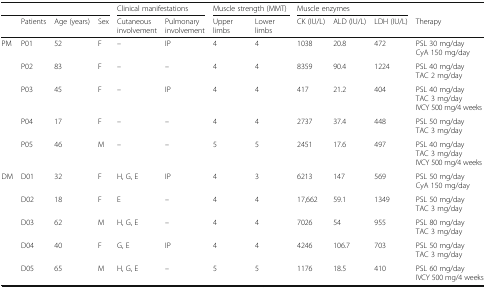
| <COLSPAN=4>  | <COLSPAN=2> Clinical manifestations | <COLSPAN=2> Muscle strength (MMT) | <COLSPAN=3> Muscle enzymes |  |
 |  | Patients | Age (years) | Sex | Cutaneous involvement | Pulmonary involvement | Upper limbs | Lower limbs | CK (IU/L) | ALD (IU/L) | LDH (IU/L) | Therapy |
 | --- | --- | --- | --- | --- | --- | --- | --- | --- | --- | --- | --- |
 | <ROWSPAN=5> PM | P01 | 52 | F | – | IP | 4 | 4 | 1038 | 20.8 | 472 | PSL 30 mg/dayCyA 150 mg/day |
 | P02 | 83 | F | – | – | 4 | 4 | 8359 | 90.4 | 1224 | PSL 40 mg/dayTAC 2 mg/day |
 | P03 | 45 | F | – | IP | 4 | 4 | 417 | 21.2 | 404 | PSL 40 mg/dayTAC 3 mg/dayIVCY 500 mg/4 weeks |
 | P04 | 17 | F | – | – | 4 | 4 | 2737 | 37.4 | 448 | PSL 50 mg/dayTAC 3 mg/day |
 | P05 | 46 | M | – | – | 5 | 5 | 2451 | 17.6 | 497 | PSL 40 mg/dayTAC 3 mg/dayIVCY 500 mg/4 weeks |
 | <ROWSPAN=5> DM | D01 | 32 | F | H, G, E | IP | 4 | 3 | 6213 | 147 | 569 | PSL 50 mg/dayCyA 150 mg/day |
 | D02 | 18 | F | E | – | 4 | 4 | 17,662 | 59.1 | 1349 | PSL 50 mg/dayTAC 3 mg/day |
 | D03 | 62 | M | H, G, E | – | 4 | 4 | 7026 | 54 | 955 | PSL 80 mg/dayTAC 3 mg/day |
 | D04 | 40 | F | G, E | IP | 4 | 4 | 4246 | 106.7 | 703 | PSL 50 mg/dayTAC 3 mg/day |
 | D05 | 65 | M | H, G, E | – | 5 | 5 | 1176 | 18.5 | 410 | PSL 60 mg/dayIVCY 500 mg/4 weeks |